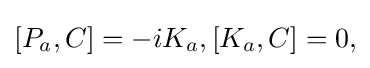
[P_{a},C]=-iK_{a},[K_{a},C]=0,\,\!